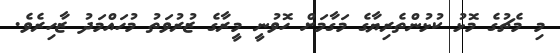
މި މެޗުގެ މޮޅު ކުޅުންތެރިޔާގެ މަގާމަށް ހޮވުނީ މީރާގެ ޒުރުވަތު މުހައްމަދު ޒާހިރެވެ.